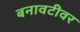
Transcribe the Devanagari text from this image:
बनावटीवर